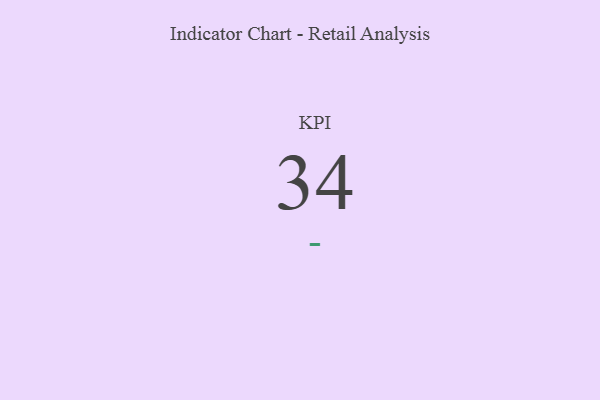
{"axis": {"x": "KPI", "y": "Value"}, "legend": [""], "data": [{"x": "KPI", "y": 34, "type": ""}]}